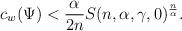
LaTeX: \begin{align*}c_w (\Psi)< \frac{\alpha}{2n} S(n,\alpha,\gamma,0)^{\frac{n}{\alpha}}.\end{align*}